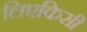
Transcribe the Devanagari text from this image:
लिएकिसी